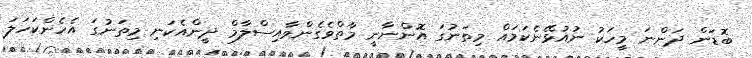
ބޮޑަން ދަންނަ މީހަކު ނުއުޅޭނެކަމައް މިތަނުގަ އޮންނާނީ މާތްވެގެންވާއިސްލާމް ދީންއެކަނި މިތަނުގަ އެހެންކަހަލަ